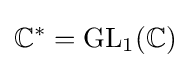
\mathbb {C} ^{*}=\operatorname {GL} _{1}(\mathbb {C} )